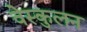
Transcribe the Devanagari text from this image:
वेस्कुलन